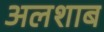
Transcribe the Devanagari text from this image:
अलशाब